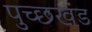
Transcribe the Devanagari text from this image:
पुच्छखंड